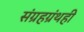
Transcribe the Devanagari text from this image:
संग्रहग्रंथही